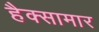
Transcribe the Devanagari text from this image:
हैक्सामार